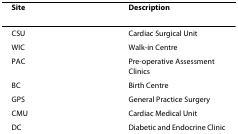
<table><thead><tr><td><b>Site</b></td><td><b>Description</b></td></tr></thead><tbody><tr><td>CSU</td><td>Cardiac Surgical Unit</td></tr><tr><td>WIC</td><td>Walk-in Centre</td></tr><tr><td>PAC</td><td>Pre-operative Assessment Clinics</td></tr><tr><td>BC</td><td>Birth Centre</td></tr><tr><td>GPS</td><td>General Practice Surgery</td></tr><tr><td>CMU</td><td>Cardiac Medical Unit</td></tr><tr><td>DC</td><td>Diabetic and Endocrine Clinic</td></tr></tbody></table>